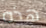
هذه